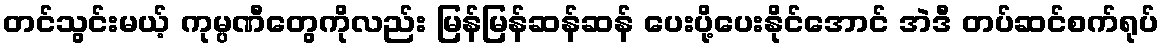
တင်သွင်းမယ့် ကုမ္ပဏီတွေကိုလည်း မြန်မြန်ဆန်ဆန် ပေးပို့ပေးနိုင်အောင် အဲဒီ တပ်ဆင်စက်ရုပ်